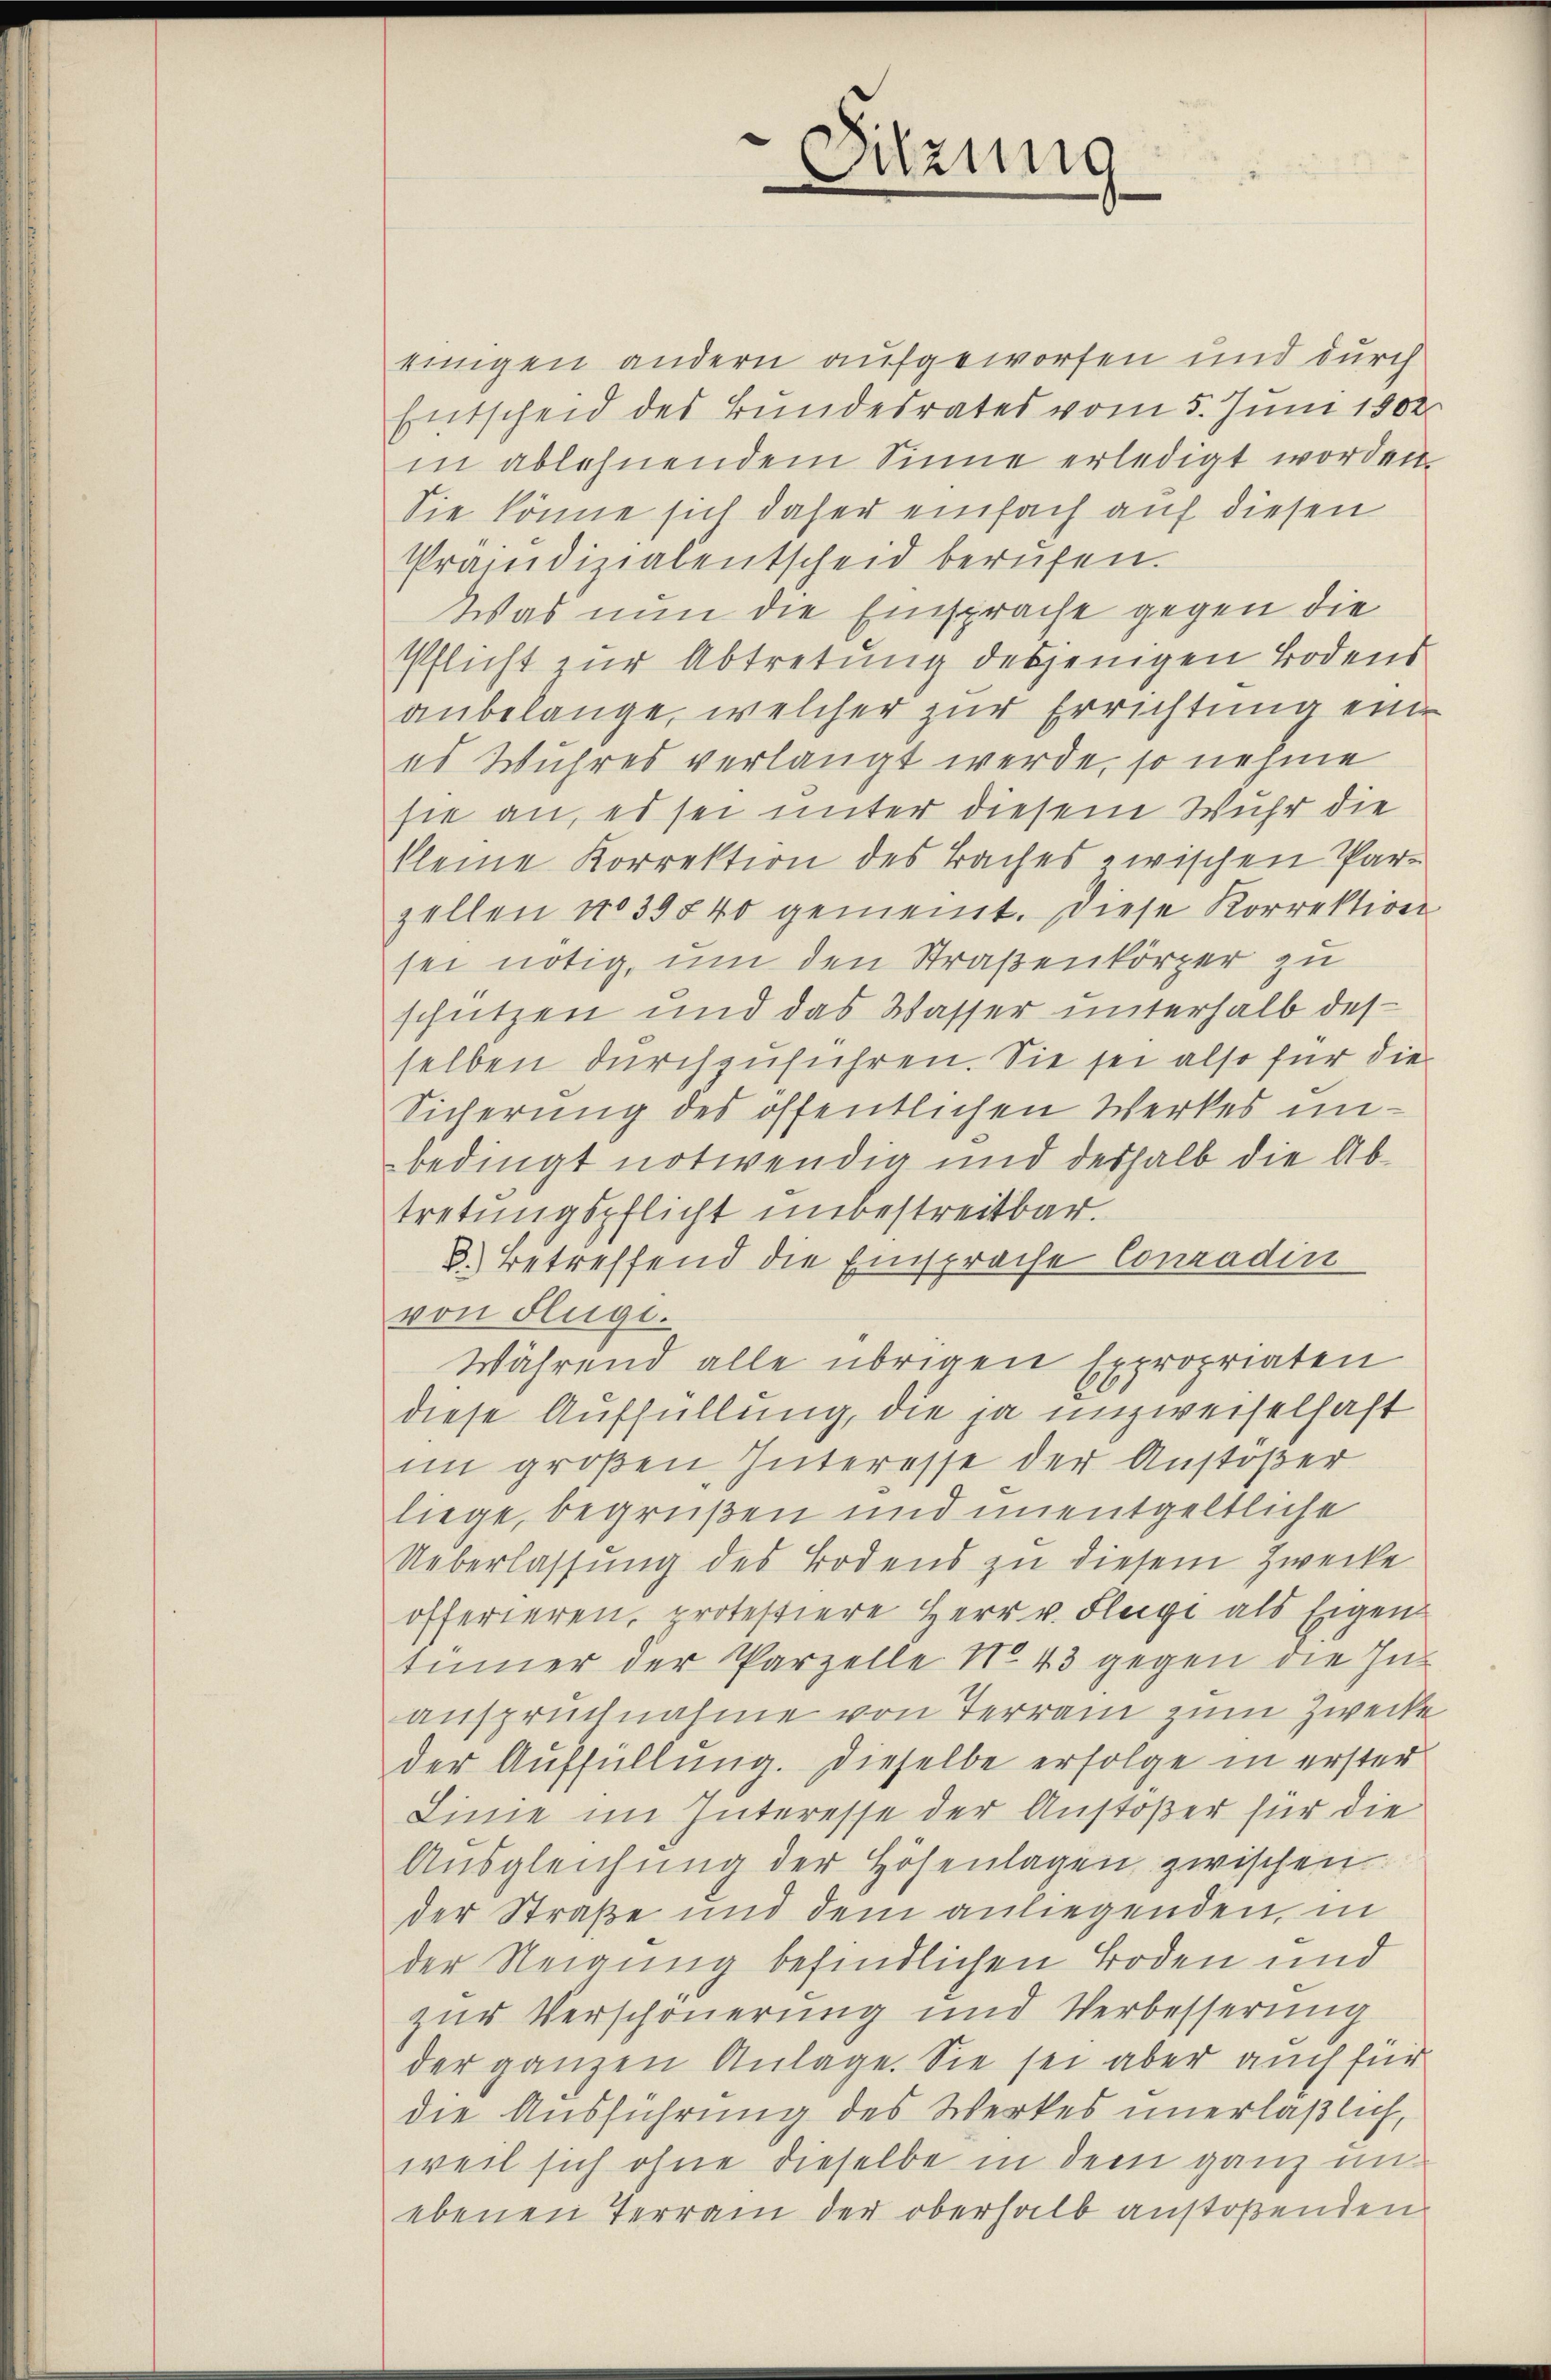
Sitzung

einigen andern aufgeworfen und durch
Entscheid des Bundesrates vom 5. Juni 1802
in ablehnendem Sinne erledigt worden.
Sie könne sich daher einfach auf diesen
Prandizialentscheid berufen.
Was nun die Einsprache gegen die
Pflicht zur Abtretung desjenigen Bodens
anbelange, welcher zur Errichtung eine
es Wuhres verlangt werde, so nehme
sie an, es sei unter diesem Wuhr die
kleine Korrektion des Baches zwischen Par-
zellen No 39840 gemeint. Diese Korrektion
sei nötig, um den Straßenkörper zu
schützen und das Wasser unterhalb desselben durchzuführen. Sie sei also für die
Sicherung des öffentlichen Werkes unbedingt notwendig und deshalb die Abtretungspflicht unbestreitbar.
3.) Betreffend die Einsprache Conradin
von Flüge.
Während alle übrigen Expropriaten
diese Auffüllung, die ja unzweifelhaft
im großen Interesse der Anstößer
liege, begrüßen und unentgeltliche
Ueberlassung des Bodens zu diesem Zwecke
offerieren, protestiere Herr v. Fleige als Eigen
tümmer der Parzelle No 43 gegen die In-
anspruchnahme von Terrain zum Zwecke
der Auffüllung. Dieselbe erfolge in erster
Linie im Interesse der Anstößer für die
Ausgleichung der Höhenlagen zwischen
der Straße und dem anliegenden, in
der Neigung befindlichen Boden und
zur Verschönerung und Verbesserung
der ganzen Anlage. Sie sei aber auch für
die Ausführung des Werkes unerläßlich,
weil sich ohne dieselbe in dem ganz unebenen Terrain der oberhalb anstoßenden